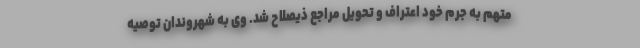
متهم به جرم خود اعتراف و تحویل مراجع ذیصلاح شد. وی به شهروندان توصیه